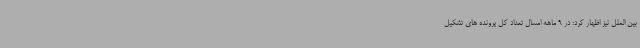
بین الملل نیز اظهار کرد: در 9 ماهه امسال تعداد کل پرونده های تشکیل